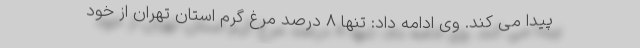
پیدا می کند. وی ادامه داد: تنها ۸ درصد مرغ گرم استان تهران از خود